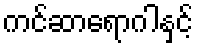
ကင်ဆာရောဂါနှင့်